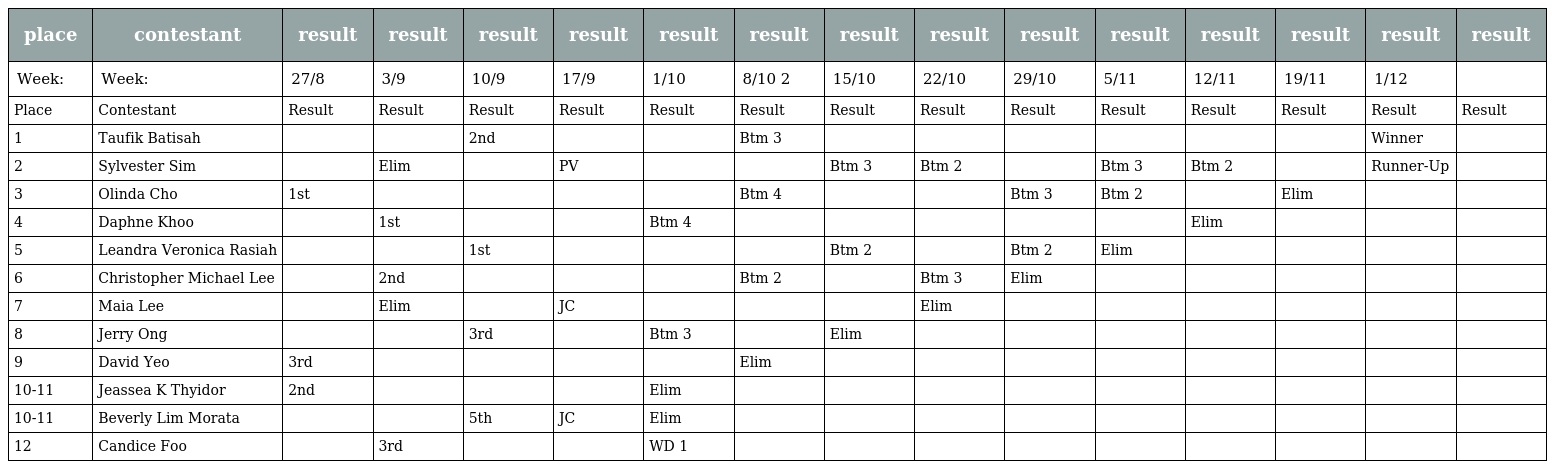
| place | contestant | result | result | result | result | result | result | result | result | result | result | result | result | result | result |
 | --- | --- | --- | --- | --- | --- | --- | --- | --- | --- | --- | --- | --- | --- | --- | --- |
 | Week: | Week: | 27/8 | 3/9 | 10/9 | 17/9 | 1/10 | 8/10 2 | 15/10 | 22/10 | 29/10 | 5/11 | 12/11 | 19/11 | 1/12 |  |
 | Place | Contestant | Result | Result | Result | Result | Result | Result | Result | Result | Result | Result | Result | Result | Result | Result |
 | 1 | Taufik Batisah |  |  | 2nd |  |  | Btm 3 |  |  |  |  |  |  | Winner |  |
 | 2 | Sylvester Sim |  | Elim |  | PV |  |  | Btm 3 | Btm 2 |  | Btm 3 | Btm 2 |  | Runner-Up |  |
 | 3 | Olinda Cho | 1st |  |  |  |  | Btm 4 |  |  | Btm 3 | Btm 2 |  | Elim |  |  |
 | 4 | Daphne Khoo |  | 1st |  |  | Btm 4 |  |  |  |  |  | Elim |  |  |  |
 | 5 | Leandra Veronica Rasiah |  |  | 1st |  |  |  | Btm 2 |  | Btm 2 | Elim |  |  |  |  |
 | 6 | Christopher Michael Lee |  | 2nd |  |  |  | Btm 2 |  | Btm 3 | Elim |  |  |  |  |  |
 | 7 | Maia Lee |  | Elim |  | JC |  |  |  | Elim |  |  |  |  |  |  |
 | 8 | Jerry Ong |  |  | 3rd |  | Btm 3 |  | Elim |  |  |  |  |  |  |  |
 | 9 | David Yeo | 3rd |  |  |  |  | Elim |  |  |  |  |  |  |  |  |
 | 10-11 | Jeassea K Thyidor | 2nd |  |  |  | Elim |  |  |  |  |  |  |  |  |  |
 | 10-11 | Beverly Lim Morata |  |  | 5th | JC | Elim |  |  |  |  |  |  |  |  |  |
 | 12 | Candice Foo |  | 3rd |  |  | WD 1 |  |  |  |  |  |  |  |  |  |